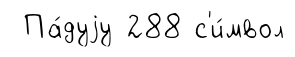
Па́дуjу 288 с'и́мвол